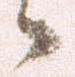
々